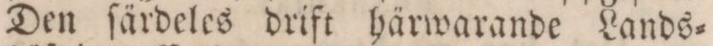
Den ſärdeles drift härwarande Lands=